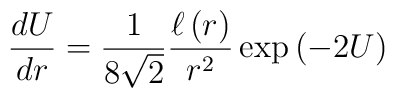
\frac{dU}{dr}={1\over 8\sqrt{2}}{\ell\left(r\right)\over r^2}\exp\left(-2U\right)